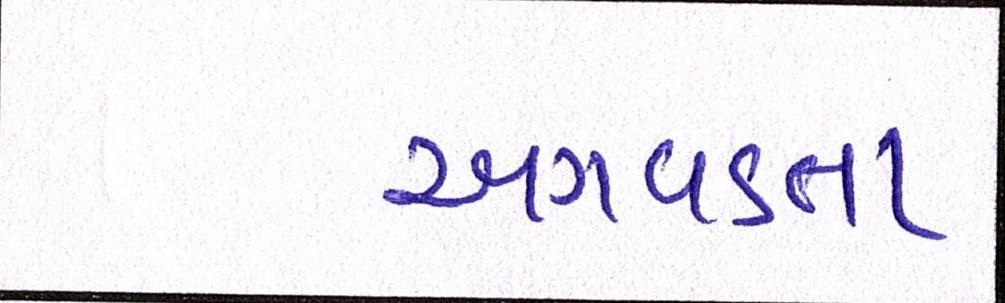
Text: અગવડતા